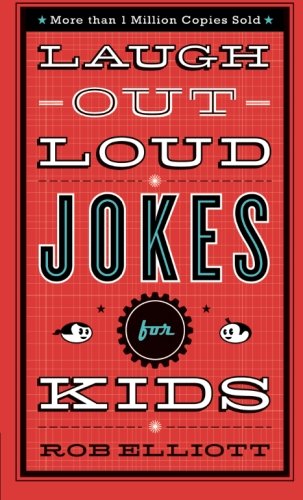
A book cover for Laugh-Out-Loud Jokes for Kids; Rob Elliott; Children's Books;